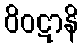
ဝိဝဋာနိ